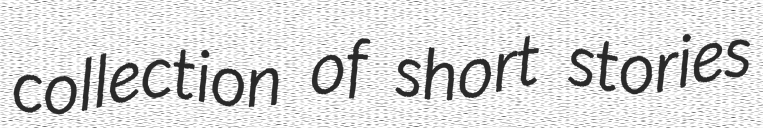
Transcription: collection of short stories